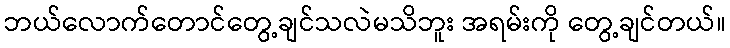
ဘယ်လောက်တောင်တွေ့ချင်သလဲမသိဘူး အရမ်းကို တွေ့ချင်တယ်။